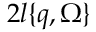
2 l \{ \boldsymbol { q } , \Omega \}